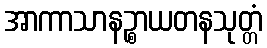
အာကာသာနဉ္စာယတနသုတ္တံ